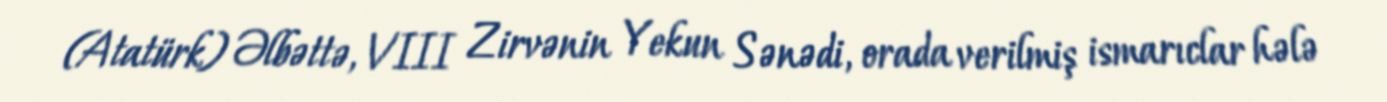
(Atatürk) Əlbəttə, VIII Zirvənin Yekun Sənədi, orada verilmiş ismarıclar hələ